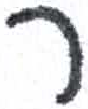
אות: ר